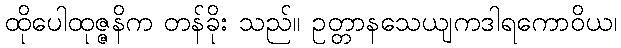
ထိုပေါထုဇ္ဇနိက တန်ခိုး သည်။ ဥတ္တာနသေယျကဒါရကောဝိယ၊